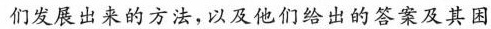
们发展出来的方法，以及他们给出的答案及其困